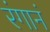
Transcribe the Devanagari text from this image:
रंगानं